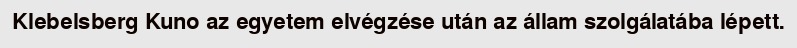
Klebelsberg Kuno az egyetem elvégzése után az állam szolgálatába lépett.